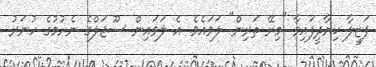
ފަޒީލާ ކިޔާދީފައިވާ "މިރޭ ތަރިން" ލަވައެވެ. އެ ލަވައިން ސޫޖަލްގެ ނެށުމުގެ ހުނަރު